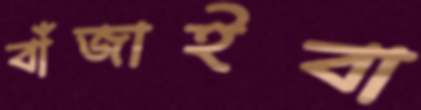
বাঁজাইবা